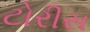
ટોરીસ